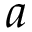
a